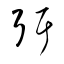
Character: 弭